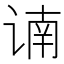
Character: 𲂐